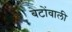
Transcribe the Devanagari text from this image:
बेटोंवाली